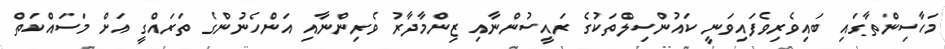
މަހާސިންތާގައި ބައިވެރިވެފައިވަނީ ކައުންސިލްތަކުގެ ރައީސުންނާއި ޒިންމާދާރު ވެރިންނާއި އަންހެނުންގެ ތަރައްގީ އަށް މަސައްކަތް